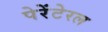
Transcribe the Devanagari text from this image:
पेरेंटेरल